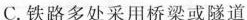
C.铁路多处采用桥梁或隧道